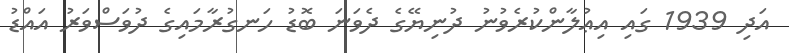
އަދި 1939 ގައި އިޢުލާންކުރެވުނު ދުނިޔޭގެ ދެވަނަ ބޮޑު ހަނގުރާމައިގެ ދުވަސްވަރު އައްޑު